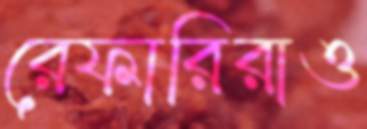
রেফারিরাও